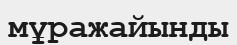
мұражайынды